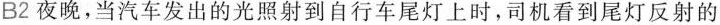
B2 夜晚，当汽车发出的光照射到自行车尾灯上时，司机看到尾灯反射的